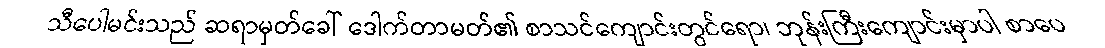
သီပေါမင်းသည် ဆရာမှတ်ခေါ် ဒေါက်တာမတ်၏ စာသင်ကျောင်းတွင်ရော၊ ဘုန်းကြီးကျောင်းမှာပါ စာပေ